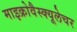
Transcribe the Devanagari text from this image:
माइक्रोवैस्क्यूलेचर